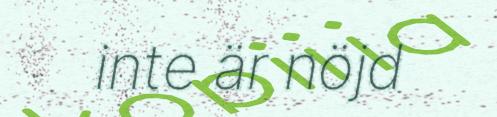
inte är nöjd